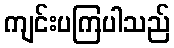
ကျင်းပကြပါသည်